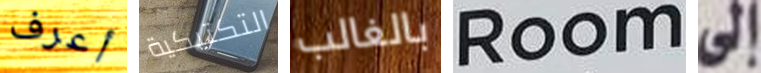
أعرف التكتيكية بالغالب Room إلى